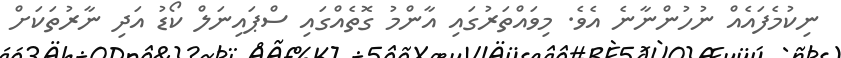
ނިކުމެފައެއް ނުހުންނާނެ އެވެ. މިވައްތަރުގައި އާންމު ގޮތެއްގައި ސްޕައިނަލް ކޯޑު އަދި ނާރުތަކަށް